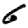
Digit: 6